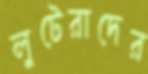
লুটেরাদের